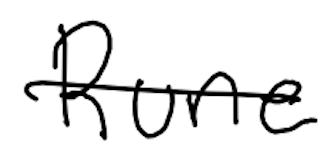
Text: Rune
Cross-out: single-line
Writing tool: digital_black